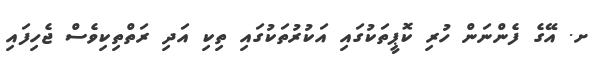
ށ. އޭގެ ފެންނަން ހުރި ކޮޕީތަކުގައި އަކުރުތަކުގައި ތިކި އަދި ރަތްތިކިވެސް ޖެހިފައި